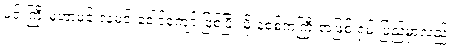
မင်းကြီးမဟာမင်းလှမင်းခေါင်ကျော် ဖြစ်ပြီး မိုးနဲစစ်ကဲကြီးအဖြစ် ရှမ်းပြည်မှာလည်း